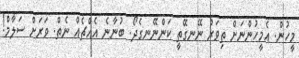
މީހުން. އެމީހުންނަށް ތިވަރު ނޭނގޭތީ ކަންނޭނގެދޯ. ބުނާނެ އެއްޗެއް ނެތް. ވަރަށް ސަލާމް!